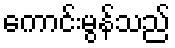
ကောင်းမွန်သည်